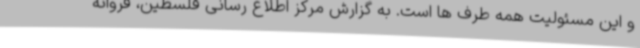
و این مسئولیت همه طرف ها است. به گزارش مرکز اطلاع رسانی فلسطین، فروانه